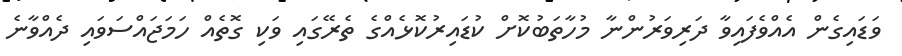
ވަޑައިގެން އެއްވެފައިވާ ދަރިވަރުންނާ މުހާތަބުކޮށް ކުޑައިރުކޮޅެއްގެ ތެރޭގައި ވަކި ގޮތެއް ހަމަޖައްސަވައި ދެއްވާނެ